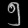
Digit: ၅